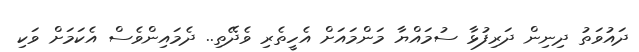
ދައުވަތު ދިނިން ދަރިފުޅާ ސުމައްޔާ މަންމައަށް އެހީތެރި ވެދޭތި.. ދެމައިންވެސް އެކަމަށް ވަކި